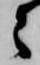
々